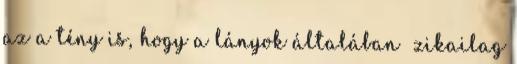
az a tény is, hogy a lányok általában ﬁzikailag